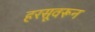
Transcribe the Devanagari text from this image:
हरसूवरून